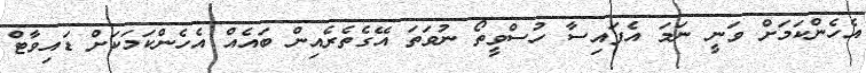
އެހެންކަމަށް ވަނީ ނަމަ އެފައިސާ ހުސްވީތޯ ނުވަތަ އޭގެތެރެއިން ބައެއް އެހެންކަމަކަށް ޑައިވާޓް